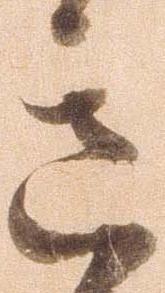
意